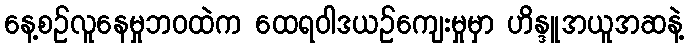
နေ့စဉ်လူနေမှုဘဝထဲက ထေရဝါဒယဉ်ကျေးမှုမှာ ဟိန္ဒူအယူအဆနဲ့